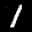
Label: 1